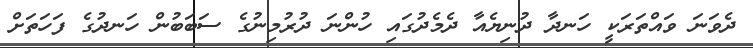
ދެވަނަ ވައްތަރަކީ ހަނދާ ދުނިޔެއާ ދެމެދުގައި ހުންނަ ދުރުމިނުގެ ސަބަބުން ހަނދުގެ ފަހަތަށް